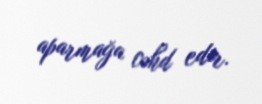
aparmağa cəhd edir.